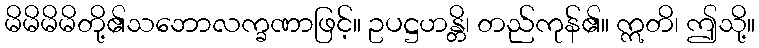
မိမိမိမိတို့၏သဘောလက္ခဏာဖြင့်။ ဥပဋ္ဌဟန္တိ၊ တည်ကုန်၏။ ဣတိ၊ ဤသို့။